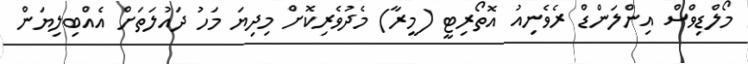
މޯލްޑިވްސް އިންލަންޑް ރެވެނިއު އޮތޯރިޓީ (މީރާ) މެދުވެރިކޮށް މިދިޔަ މަހު ދައުލަތަށް އެއްބިލިޔަން